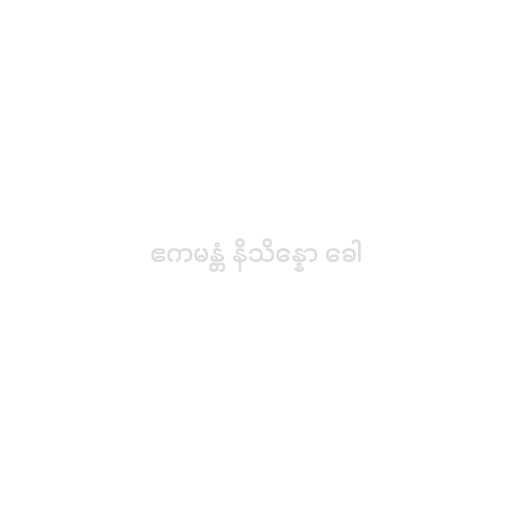
ဧကမန္တံ နိသိန္နော ခေါ